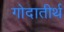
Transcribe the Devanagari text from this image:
गोदातीर्थ